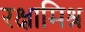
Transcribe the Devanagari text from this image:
रक्षामिश्र